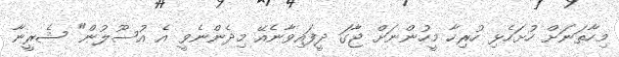
މިހާތަނަށް ހުށަހެޅި ހުރިހާ މީހުންނަށް ޖާގަ ދީފައިވާނެއޭ މިދެންނެވީ އެ އުސޫލުން" ޝެރީނާ